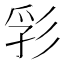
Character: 𢒒